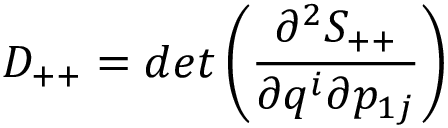
D _ { + + } = d e t \left( \frac { \partial ^ { 2 } S _ { + + } } { \partial q ^ { i } \partial p _ { 1 j } } \right)